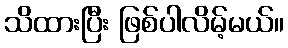
သိထားပြီး ဖြစ်ပါလိမ့်မယ်။